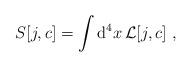
LaTeX: \begin{align*}S[j,c] = \int {\rm d}^4 x \, {\cal L} [j,c] \ ,\end{align*}